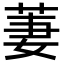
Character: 萋